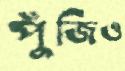
পুঁজিও